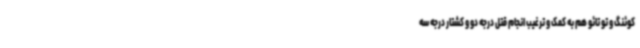
کوئنگ و تو تائو هم به کمک و ترغیب انجام قتل درجه دو و کشتار درجه سه